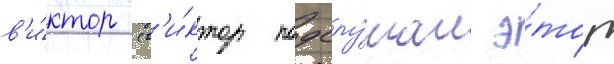
в'и́ктор (в'и́ктор подслу́шал э́тот